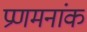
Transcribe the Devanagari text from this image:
प्रणमनांक